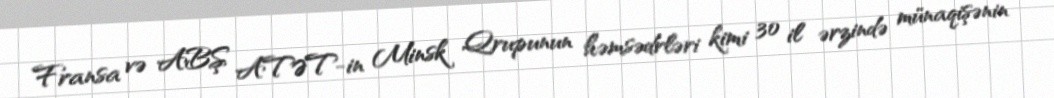
Fransa və ABŞ ATƏT-in Minsk Qrupunun həmsədrləri kimi 30 il ərzində münaqişənin